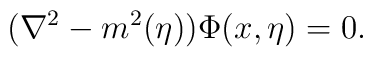
({\nabla}^2 - m^2(\eta))\Phi(x,\eta)=0.